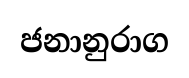
ජනානුරාග